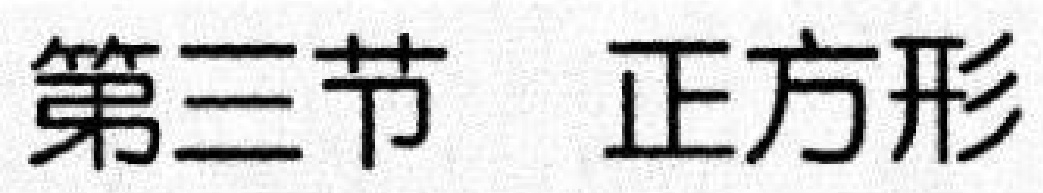
第三节  正方形